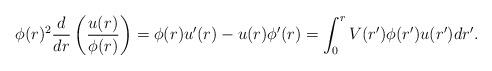
LaTeX: \begin{align*}\phi(r)^2\frac{d}{dr}\left(\frac{u(r)}{\phi(r)}\right) =\phi(r)u^\prime(r) -u(r)\phi^\prime(r) =\int_0^r V(r^\prime)\phi(r^\prime)u(r^\prime) dr^\prime .\end{align*}